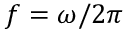
f = \omega / 2 \pi